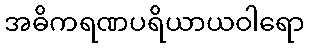
အဓိကရဏပရိယာယဝါရော